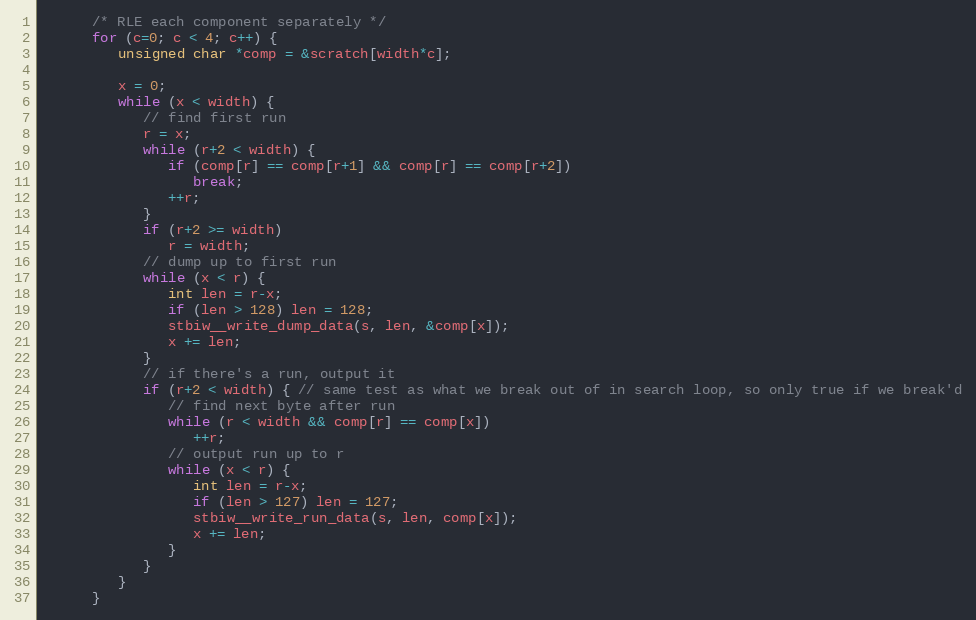
Language: C
      /* RLE each component separately */
      for (c=0; c < 4; c++) {
         unsigned char *comp = &scratch[width*c];

         x = 0;
         while (x < width) {
            // find first run
            r = x;
            while (r+2 < width) {
               if (comp[r] == comp[r+1] && comp[r] == comp[r+2])
                  break;
               ++r;
            }
            if (r+2 >= width)
               r = width;
            // dump up to first run
            while (x < r) {
               int len = r-x;
               if (len > 128) len = 128;
               stbiw__write_dump_data(s, len, &comp[x]);
               x += len;
            }
            // if there's a run, output it
            if (r+2 < width) { // same test as what we break out of in search loop, so only true if we break'd
               // find next byte after run
               while (r < width && comp[r] == comp[x])
                  ++r;
               // output run up to r
               while (x < r) {
                  int len = r-x;
                  if (len > 127) len = 127;
                  stbiw__write_run_data(s, len, comp[x]);
                  x += len;
               }
            }
         }
      }